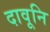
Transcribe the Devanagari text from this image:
दावूनि